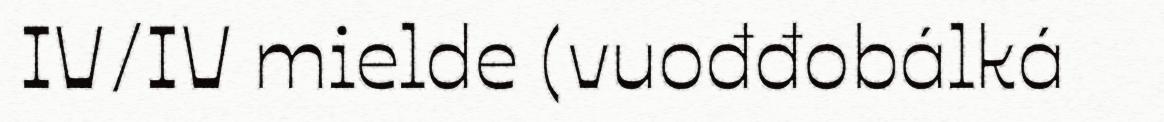
IV/IV mielde (vuođđobálká